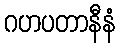
ဂဟပတာနီနံ